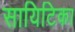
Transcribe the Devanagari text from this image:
सायिटिका